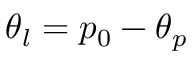
\theta _ { l } = p _ { 0 } - \theta _ { p }